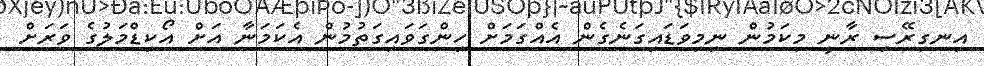
އިނގިރޭސި ރާނީ މިކަމުން ނިމިވަޑައިގަނެގެން އެއްގަމަށް ހިންގަވައިގަތުމުން އެކަމަނާ އަށް އޯކިޑްމަލުގެ ވަރަށް